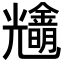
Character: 𨮠